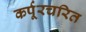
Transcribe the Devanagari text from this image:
कर्पूरचरित